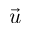
\vec { u }